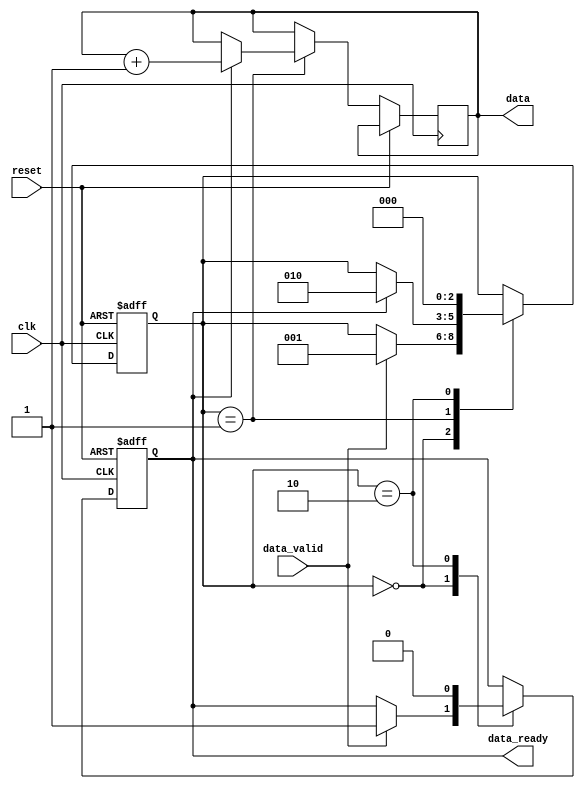
module timing_control_and_synchronization (
    input wire clk,          // Clock signal
    input wire reset,        // Reset signal
    input wire data_valid,   // Data valid signal
    output wire data_ready,  // Data ready signal
    output reg [7:0] data    // Data signal
);

reg [2:0] state;

always @ (posedge clk or posedge reset) begin
    if (reset) begin
        state <= 3'b000;
        data_ready <= 0;
    end else begin
        case (state)
            3'b000: begin // Idle state
                if (data_valid) begin
                    state <= 3'b001; // Move to data transfer state
                    data_ready <= 1;
                end
            end
            3'b001: begin // Data transfer state
                if (data_ready) begin
                    state <= 3'b010; // Move to data processing state
                    data <= data + 1; // Increment data value
                end
            end
            3'b010: begin // Data processing state
                state <= 3'b000; // Move back to idle state
                data_ready <= 0;
            end
        endcase
    end
end

endmodule